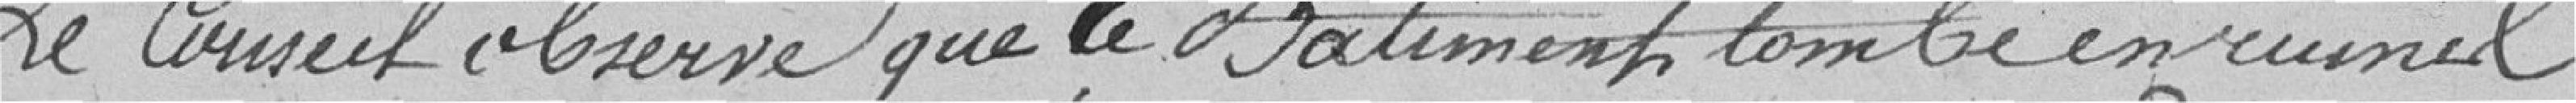
Le Conseil observe que le Bâtiment tombe en ruine